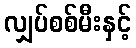
လျှပ်စစ်မီးနှင့်